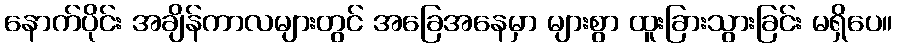
နောက်ပိုင်း အချိန်ကာလများတွင် အခြေအနေမှာ များစွာ ထူးခြားသွားခြင်း မရှိပေ။